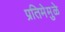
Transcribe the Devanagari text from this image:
प्रतिमेमुळे